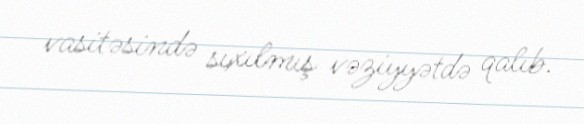
vasitəsində sıxılmış vəziyyətdə qalıb.